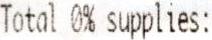
TOTAL 0% SUPPLIES: